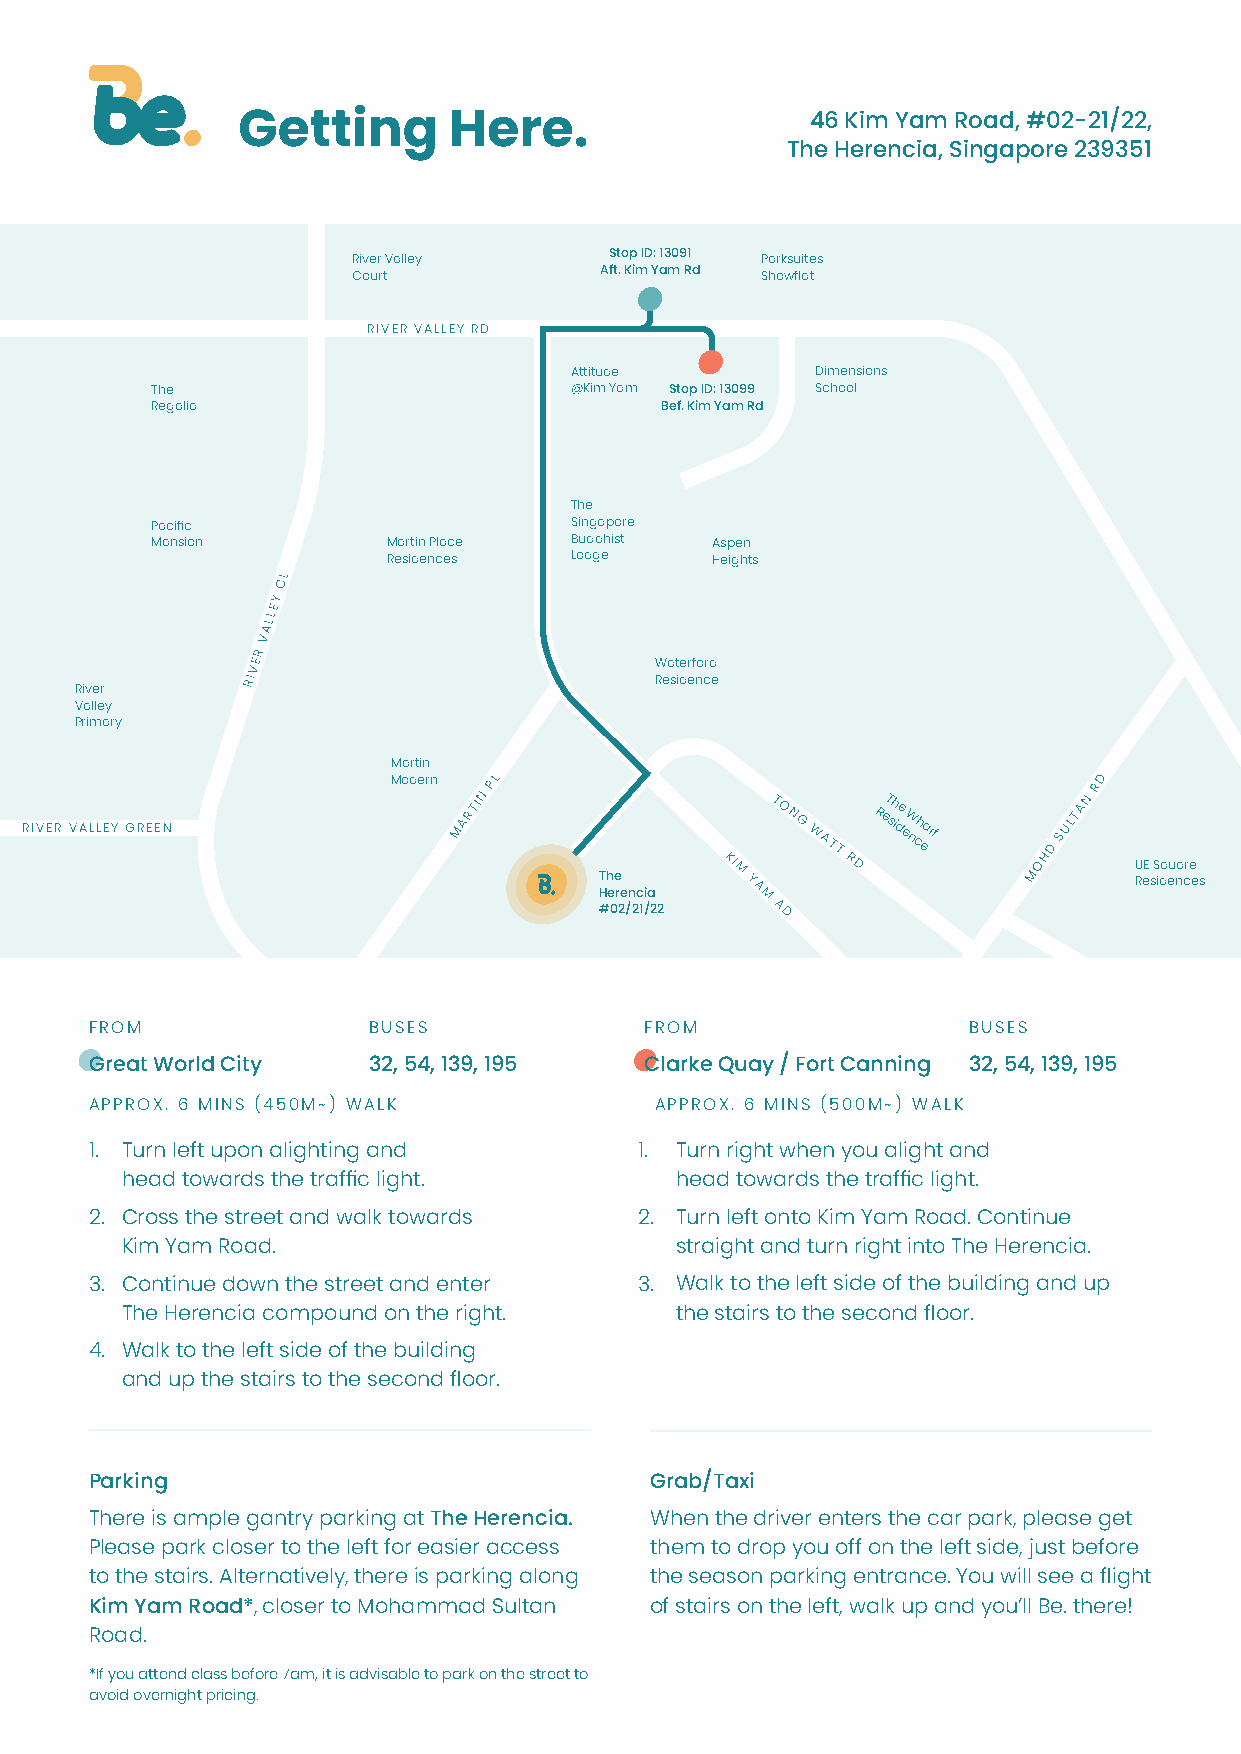
46 Kim Yam Road, #02-21/22,
 Getting       Here.
 The Herencia, Singapore 239351
 River Valley     Stop ID: 13091 Parksuites
 Court            Aft. Kim Yam Rd Showflat
 RIVER VALLEY RD
 Attitude        Dimensions
 The                         @Kim Yam Stop ID: 13099 School
 Regalia                           Bef. Kim Yam Rd
 The
 Pacific                     Singapore
 Mansion         Martin Place Buddhist Aspen
 Residences  Lodge    Heights
 L
 C
 Y
 E
 L
 L
 A
 V
 R
 VE                        Waterford
 RI                         Residence
 River
 Valley
 Primary
 Martin
 RIVER VALLEY GREEN
 Modern
 MARTIN
 PL
 The     KI M Y
 T O N G WATT
 R D
 ReT sh ide e W nch earf
 MOHD
 SULTAN
 RD
 U ReE sS idq eu na cre es
 Herencia  A M
 #02/21/22  A D
 FROM              BUSES              FROM                 BUSES
 Great World City  32, 54, 139, 195   Clarke Quay / Fort Canning 32, 54, 139, 195
 APPROX. 6 MINS (450M~) WALK          APPROX. 6 MINS (500M~) WALK
 1. Turn left upon alighting and     1. Turn right when you alight and
 head towards the traffic light.      head towards the traffic light.
 2. Cross the street and walk towards 2. Turn left onto Kim Yam Road. Continue
 Kim Yam Road.                        straight and turn right into The Herencia.
 3. Continue down the street and enter 3. Walk to the left side of the building and up
 The Herencia compound on the right.  the stairs to the second floor.
 4. Walk to the left side of the building
 and up the stairs to the second floor.
 Parking                              Grab/Taxi
 There is ample gantry parking at The Herencia. When the driver enters the car park, please get
 Please park closer to the left for easier access them to drop you off on the left side, just before
 to the stairs. Alternatively, there is parking along the season parking entrance. You will see a flight
 Kim Yam Road*, closer to Mohammad Sultan of stairs on the left, walk up and you’ll Be. there!
 Road.
 *If you attend class before 7am, it is advisable to park on the street to
 avoid overnight pricing.